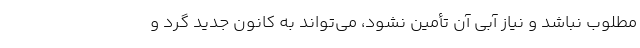
مطلوب نباشد و نیاز آبی آن تأمین نشود، می‌تواند به کانون جدید گرد و